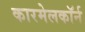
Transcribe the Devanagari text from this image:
कारमेलकॉर्न